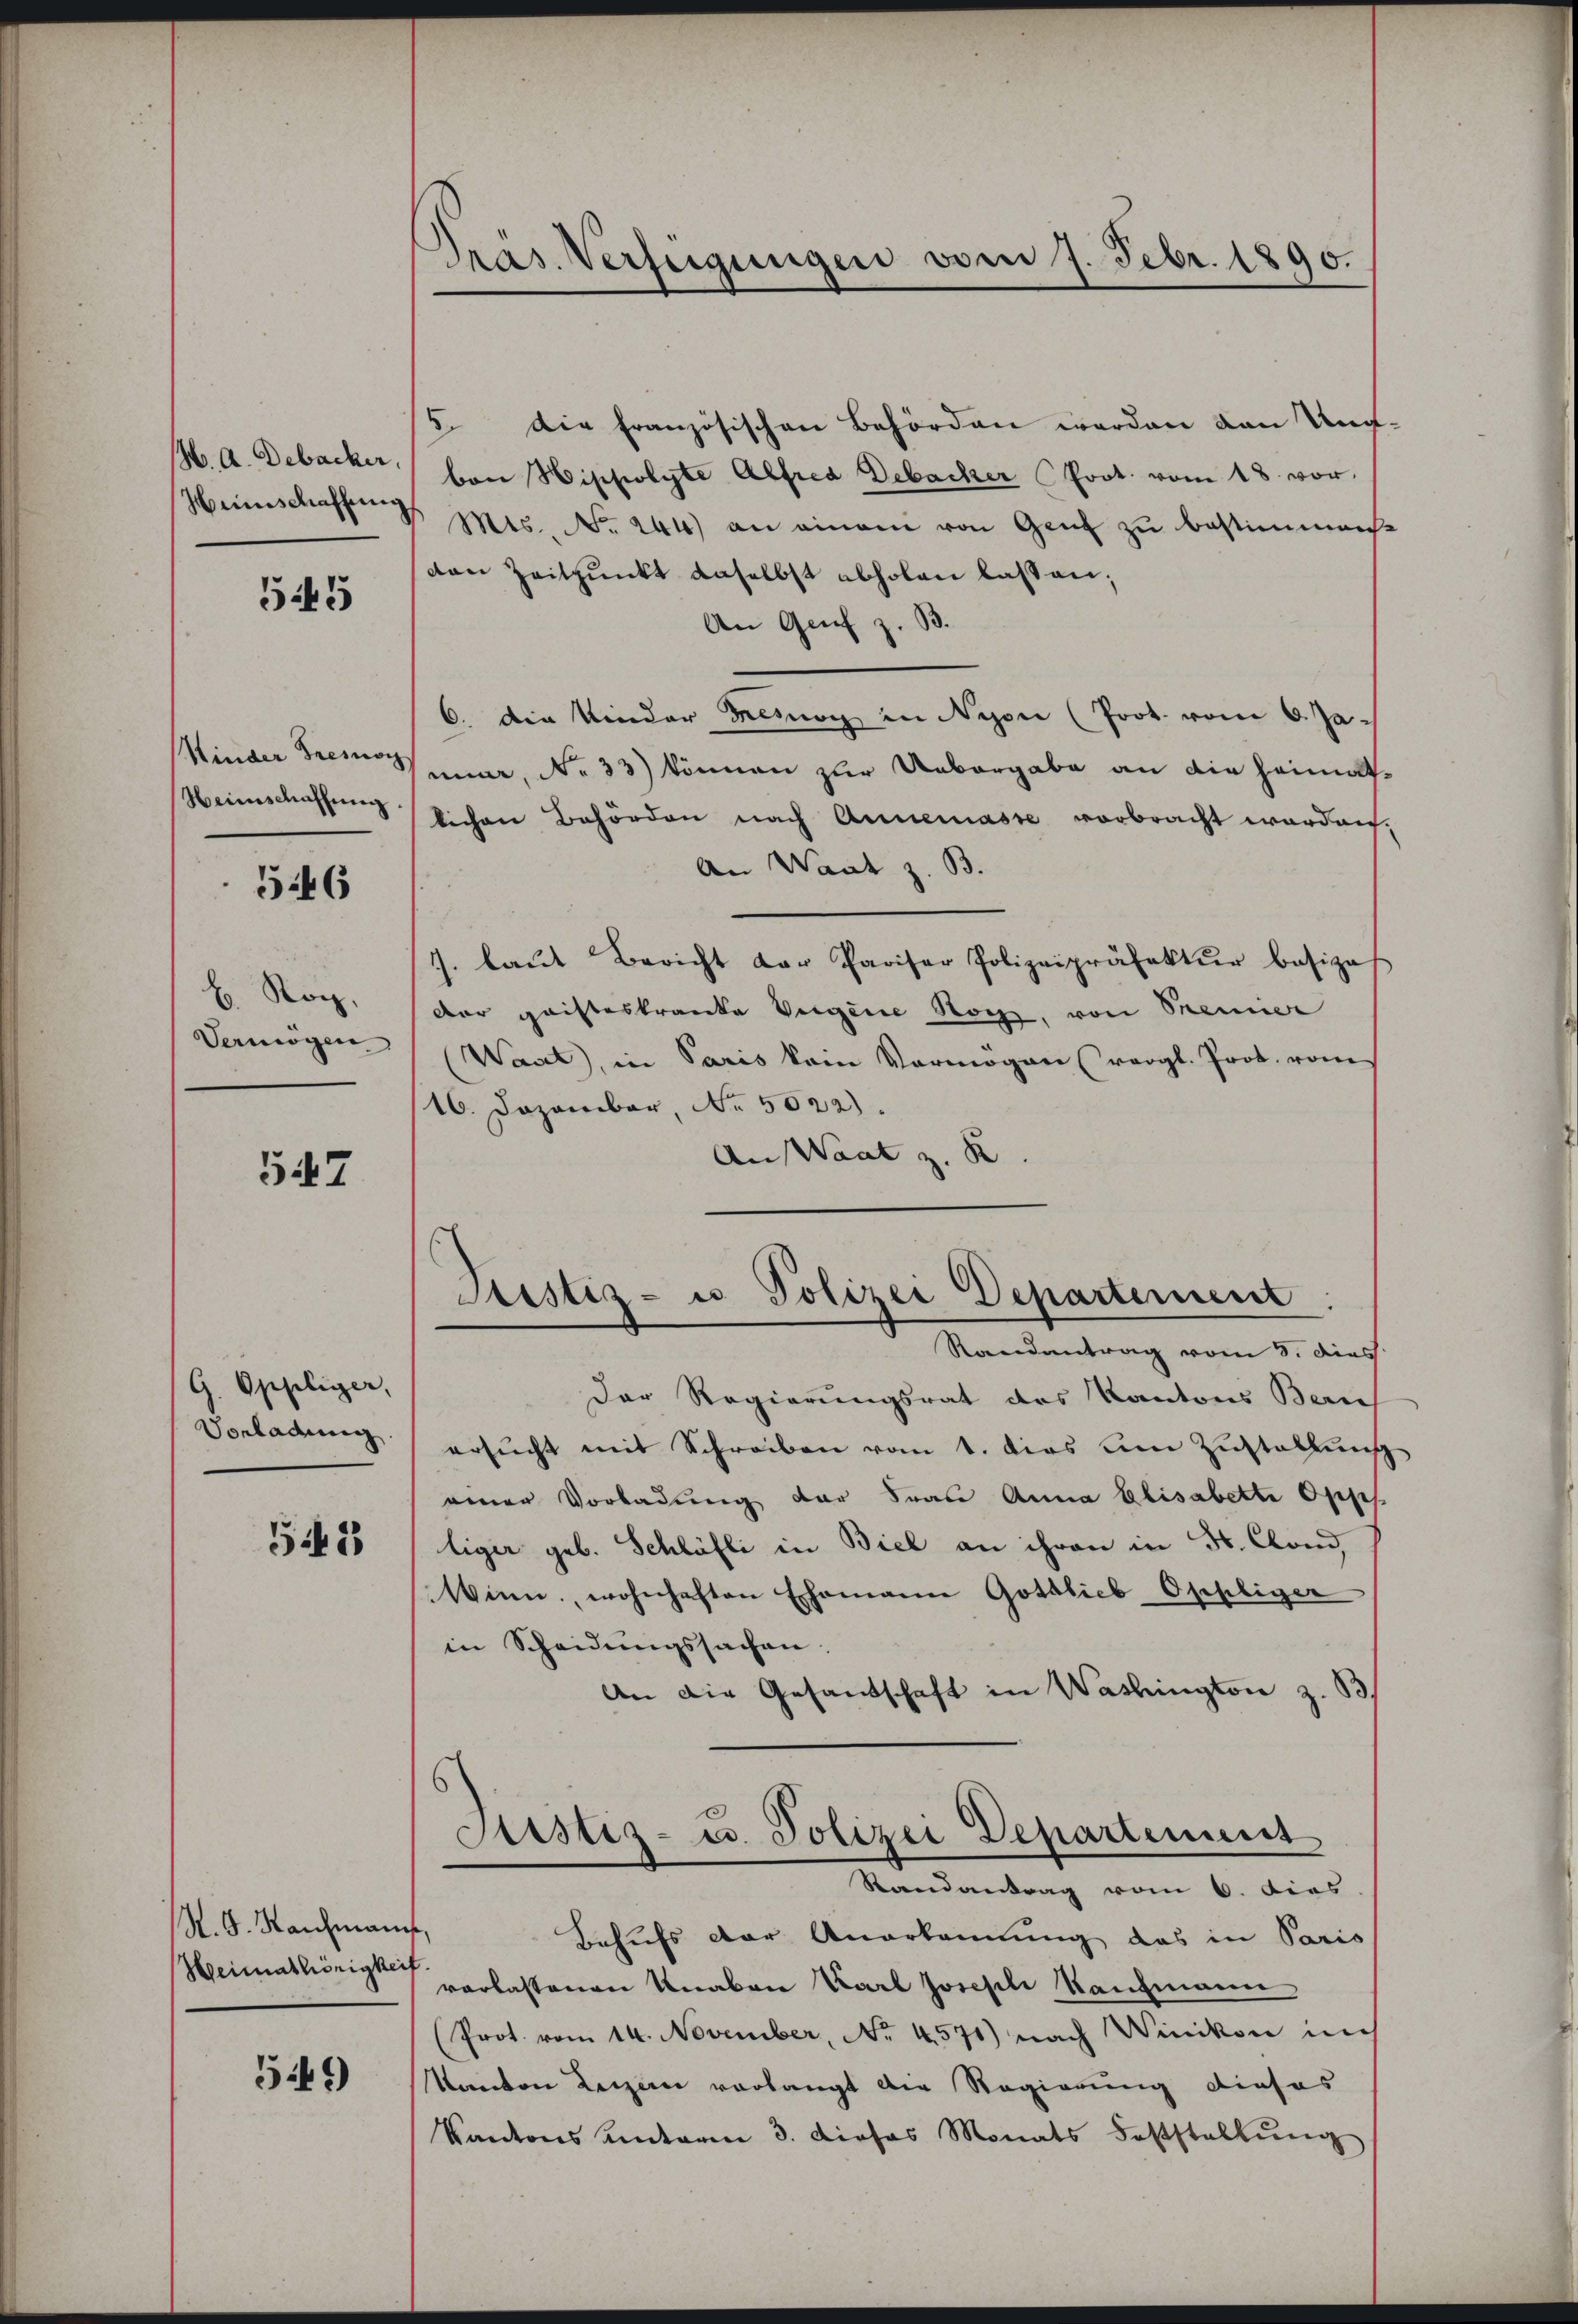
M. A. Debacker
Hinschaffung

545

Kinder Tremor
Heimschaffung

546

b. Rog,
Vermögen

547

G. Oppliger,
Vorladung.

541

K. G. Nachmann,
Heimathörigkeit

549)

Pras Verfügungen vom 1. Febr. 1890.

5. Die französischen Behörden werden van Ung.
bon Hisholyte Alfred Debacker (Prot. vom 18. vor.
Mts. No. 244) an einem von Genf zu bestimmens-
den Zeitpunkt daselbst abholen lassen;
An Genf z. B.
6. die Kinder Menag in Nyon (Prot. vom 6. Januer, No 33) können zur Uebergabe an die Heimatlichen Behörden nach Annemasse vorbracht worden.
An Want z. B.
J. laŭt Bericht der Pariser Polizeipräfektŭr basiza
Der Geisteskranke Vigene Sache, von Manier
(Wart, in Paris kein Vermögen (vergl. Prot. vom
16. Dezember, No. 5022).
An Waat z. B
Justiz- u Polizei Departement
Randantrag vom 8. dies
Der Regierungsrat des Kantons Bern
ersucht mit Schreiben vom 1. dies um Zustaltung
einer Vorladung der Frau Anna Elisabette Opps
liger geb. Schläfli in Biel an ihren in Fr. Clond,
Winn, wohnhaften Ehemann Gottlieb Ophliger
in Scheidŭngssachen.
An die Gesandschaft in Washington z. B.
Aistiz- u. Polizei Departement
Randantrag vom 6. dies
Behufs der Anerkennung das in Paris
verlassenen Knaben Karl Joseph Kaufmann
(Prot. vom 14. November, No. 4571) nach Winikon im
Kanton Luzern verlangt die Regierung dieses
Kantons unterm 3. dieses Monats Feststellŭng